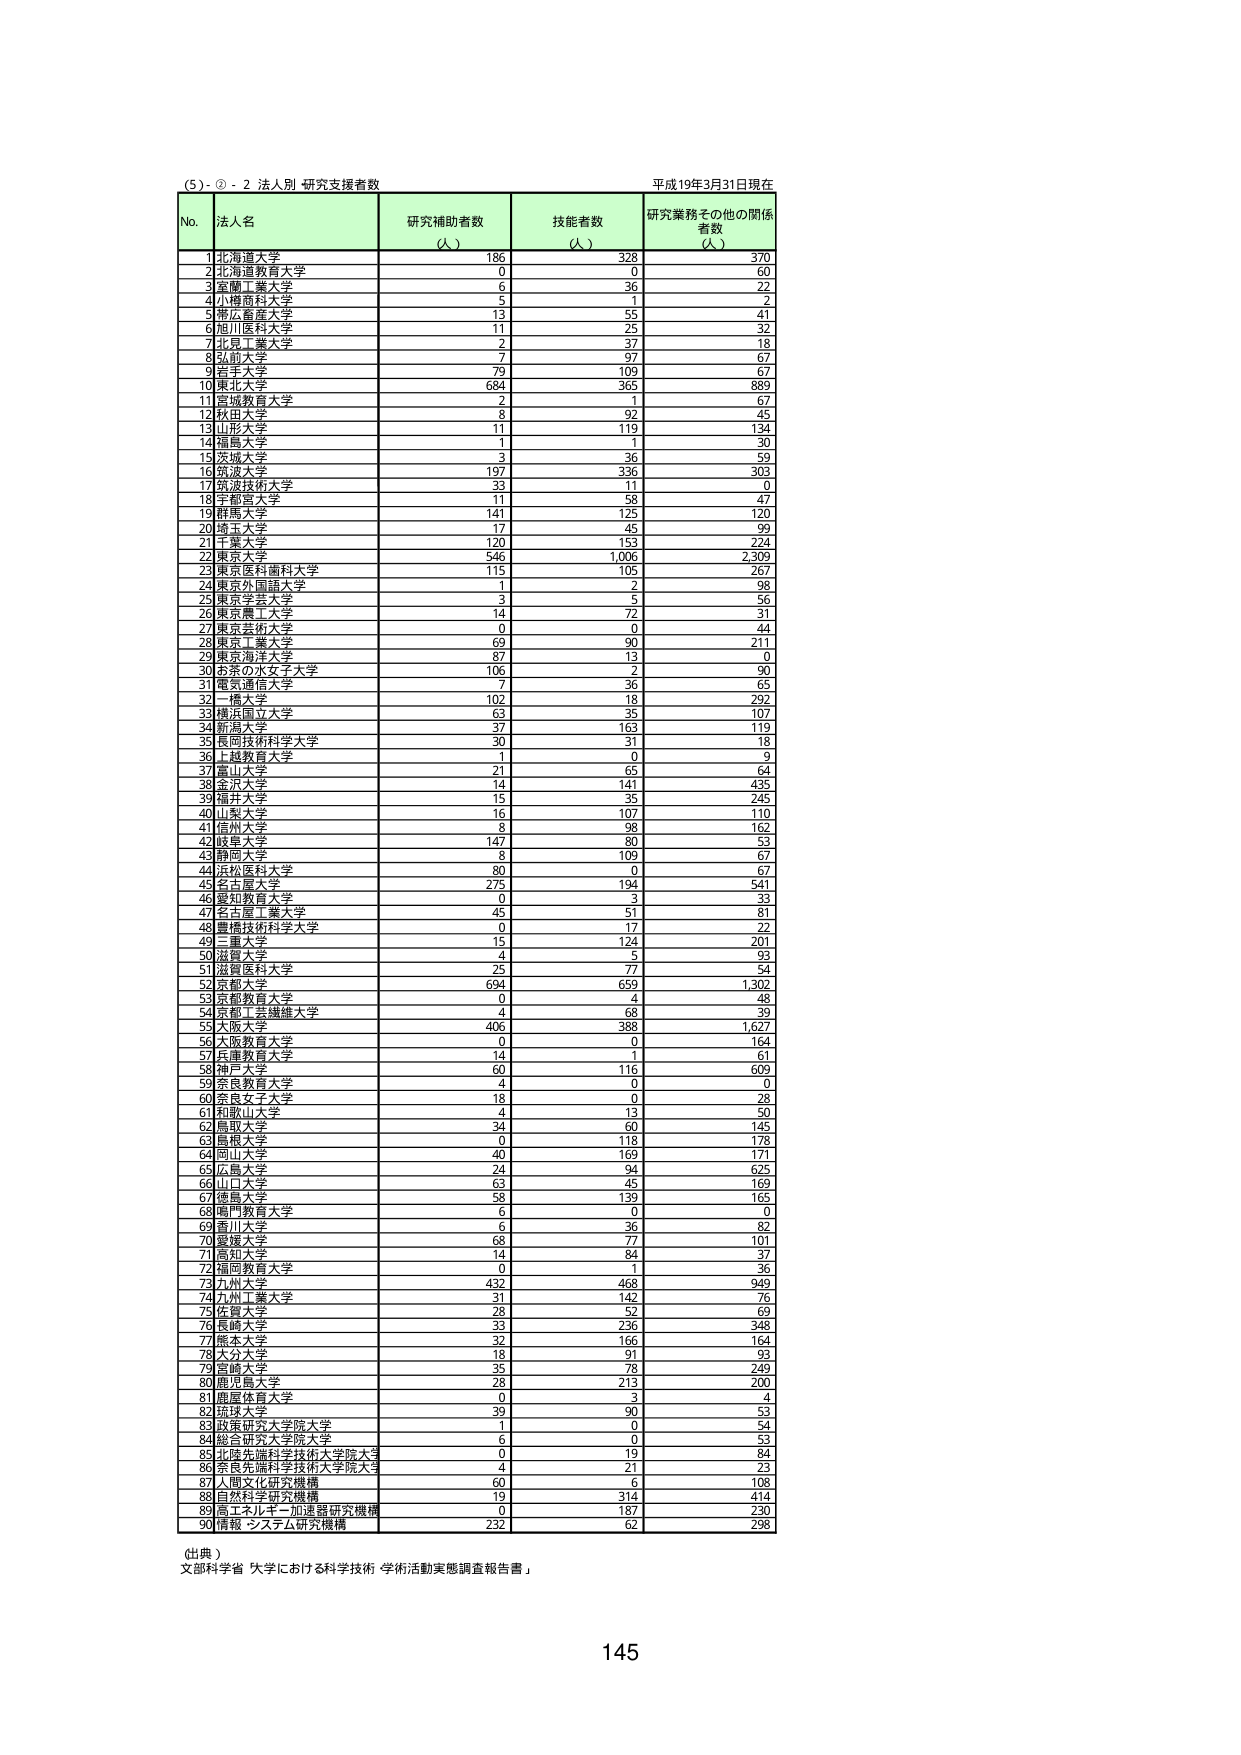
(5)-②-2 法人別「研究支援者数」
平成19年3月31日現在

No. 法人名 研究補助者数（人） 技能者数（人） 研究業務その他の関係者数（人）
1 北海道大学 186 328 370
2 北海道教育大学 0 0 60
3 北海道工業大学 6 36 22
4 小樽商科大学 5 1 2
5 帯広畜産大学 13 55 41
6 旭川医科大学 11 25 32
7 北見工業大学 2 37 18
8 弘前大学 7 97 67
9 青森大学 79 109 67
10 東北大学 684 365 889
11 宮城教育大学 2 1 67
12 秋田大学 8 92 45
13 山形大学 11 119 134
14 福島大学 1 1 30
15 茨城大学 3 36 59
16 筑波大学 197 336 303
17 筑波技術大学 33 11 0
18 宇都宮大学 11 58 47
19 群馬大学 141 125 120
20 埼玉大学 17 45 99
21 千葉大学 120 153 224
22 東京大学 546 1,006 2,309
23 東京医科歯科大学 115 105 267
24 東京外国語大学 1 2 98
25 東京学芸大学 3 5 56
26 東京農工大学 14 72 31
27 東京芸術大学 0 0 44
28 東京工業大学 69 90 211
29 東京海洋大学 87 13 0
30 お茶の水女子大学 106 2 90
31 電気通信大学 7 36 65
32 一橋大学 102 18 292
33 横浜国立大学 63 35 107
34 新潟大学 37 163 119
35 長岡技術科学大学 30 31 18
36 上越教育大学 1 0 9
37 富山大学 21 65 64
38 金沢大学 14 141 435
39 福井大学 15 35 245
40 山梨大学 16 107 110
41 信州大学 8 98 162
42 岐阜大学 147 80 53
43 静岡大学 8 109 67
44 浜松医科大学 80 0 67
45 名古屋大学 275 194 541
46 愛知教育大学 0 3 33
47 名古屋工業大学 45 51 81
48 豊橋技術科学大学 0 17 22
49 三重大学 15 124 201
50 滋賀大学 4 5 93
51 滋賀医科大学 25 77 54
52 京都大学 694 659 1,302
53 京都教育大学 0 4 48
54 京都工芸繊維大学 4 68 39
55 大阪大学 406 388 1,627
56 大阪教育大学 0 0 164
57 兵庫教育大学 14 1 61
58 神戸大学 60 116 609
59 奈良教育大学 4 0 0
60 奈良女子大学 18 0 28
61 和歌山大学 4 13 50
62 鳥取大学 34 60 145
63 島根大学 0 118 178
64 岡山大学 40 169 171
65 広島大学 24 94 625
66 山口大学 63 45 169
67 徳島大学 58 139 165
68 高知教育大学 6 0 0
69 香川大学 6 36 82
70 愛媛大学 68 77 101
71 高知大学 14 84 37
72 福岡教育大学 0 1 36
73 九州大学 432 468 949
74 九州工業大学 31 142 76
75 佐賀大学 28 52 69
76 長崎大学 33 236 348
77 熊本大学 32 166 164
78 大分大学 18 91 93
79 宮崎大学 35 78 249
80 鹿児島大学 28 213 200
81 鹿屋体育大学 0 3 4
82 琉球大学 39 90 53
83 政策研究大学院大学 1 0 54
84 総合研究大学院大学 6 0 53
85 北陸先端科学技術大学院大学 0 19 84
86 東北先端科学技術大学院大学 4 21 23
87 人間文化研究機構 60 6 108
88 自然科学研究機構 19 314 414
89 高エネルギー加速器研究機構 0 187 230
90 情報・システム研究機構 232 62 298

（出典）
文部科学省「大学における科学技術・学術活動実態調査報告書」

145